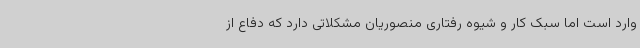
وارد است اما سبک کار و شیوه رفتاری منصوریان مشکلاتی دارد که دفاع از